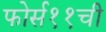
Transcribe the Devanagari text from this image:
फोर्स११ची